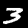
Digit: 3